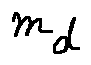
m _ { d }